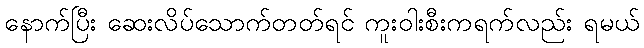
နောက်ပြီး ဆေးလိပ်သောက်တတ်ရင် ကူးဝါးစီးကရက်လည်း ရမယ်